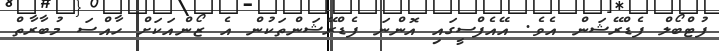
ފުޓްބޯލް ފެޑްރޭޝަން އެވެ. އޭއެފްސީގައި އޮންނަ ފެޑްރޭޝަންތަކުން އެ ޒޯންއަކަށް ހާއްސަ މުބާރާތް